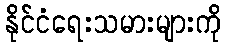
နိုင်ငံရေးသမားများကို